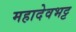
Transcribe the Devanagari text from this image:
महादेवभट्ट